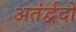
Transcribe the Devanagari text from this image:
अतंर्द्वदों